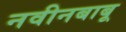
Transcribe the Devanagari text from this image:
नवीनबाबू